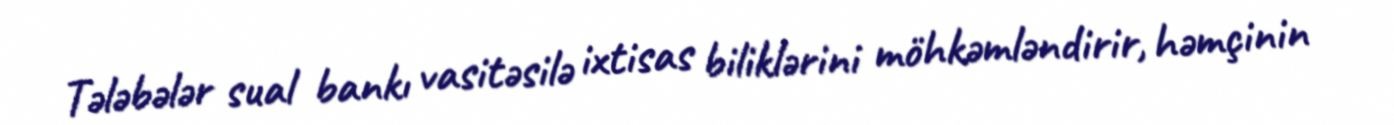
Tələbələr sual bankı vasitəsilə ixtisas biliklərini möhkəmləndirir, həmçinin